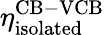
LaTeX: \eta_{\mathrm{isolated}}^{\mathrm{CB-VCB}}